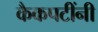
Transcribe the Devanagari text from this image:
कैकपटींनी